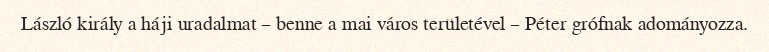
László király a háji uradalmat – benne a mai város területével – Péter grófnak adományozza.